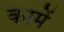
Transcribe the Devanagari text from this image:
करमें